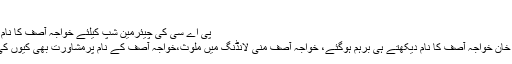
ذرائع
پی اے سی کی چیئرمین شپ کیلئے خواجہ آصف کا نام مسترد
عمران خان خواجہ آصف کا نام دیکھتے ہی برہم ہوگئے، خواجہ آصف منی لانڈنگ میں ملوث،خواجہ آصف کے نام پرمشاورت بھی کیوں کی گئی؟